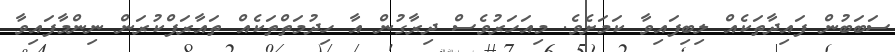
ސަބަބުން ފައިދާތަކެއް ލިބިފައިވާ ކަމަށެވެ. މިއަހަރުވެސް ދިރާގުން އާ ހިދުމަތްތަކެއް ތައާރަފްކުރަން ނިންމާފައިވާ